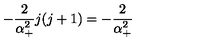
- \frac 2 { \alpha _ { + } ^ { 2 } } j ( j + 1 ) = - \frac 2 { \alpha _ { + } ^ { 2 } }